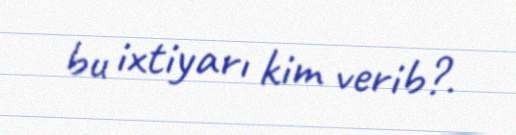
bu ixtiyarı kim verib?.